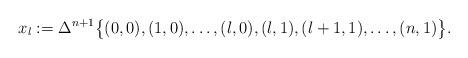
LaTeX: \begin{align*} x_l:= \Delta^{n+1}\bigl \{ (0,0), (1,0), \dots, (l,0), (l,1), (l+1,1), \dots, (n,1) \bigr \}.\end{align*}